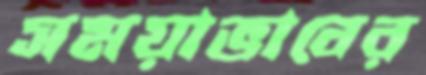
সময়াভাবের